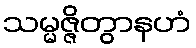
သမ္မဇ္ဇိတွာနဟံ